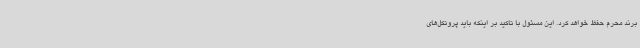
برند محرم حفظ خواهد کرد. این مسئول با تاکید بر اینکه باید پروتکل‌های